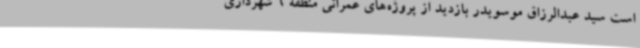
است سید عبدالرزاق موسویدر بازدید از پروژه‌های عمرانی منطقه 6 شهرداری